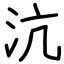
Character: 沆